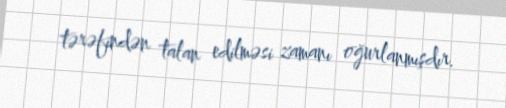
tərəfindən talan edilməsi zamanı oğurlanmışdır.